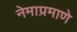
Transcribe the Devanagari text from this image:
नेमाप्रमाणे